Document type: Inventory
Year: 1295
Scribe: Pere Marc
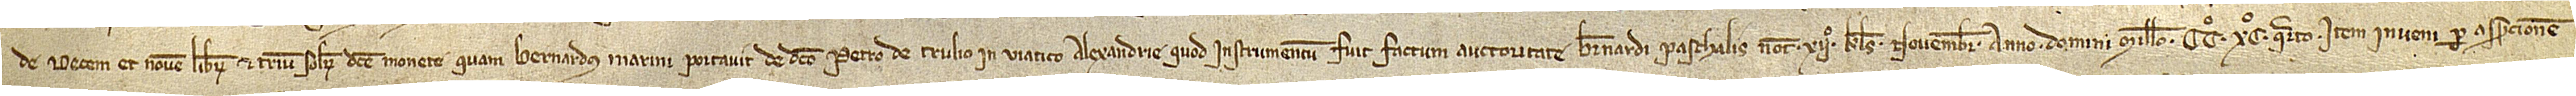
de decem et novem librarum et trium solidorum dicte monete quam Bernardus Marini portavit de dicto Petro de Trulio in viatico Alexandrie, quod instrumentum fuit factum auctoritate Bernardi Paschalis, notarii, XIIº kalendas novembris, anno Domini millesimo CCº XCº quarto. Item, inveni per assercionem